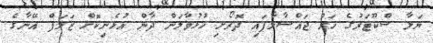
ޔަލާ ސްކޫޓަރުގެ ހަރު ޖައްސާލާފައި ދޮރޯށި ހުޅުވާލަން ދާން އުޅެނިކޮށް ޒަލަފް އޭނާގެ